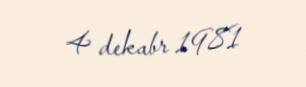
4 dekabr 1981